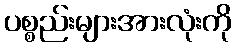
ပစ္စည်းများအားလုံးကို